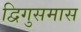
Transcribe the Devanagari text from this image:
द्विगुसमास